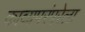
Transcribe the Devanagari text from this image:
काव्यपरंपरेला